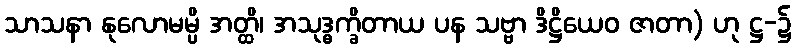
သာသနာ နုလောမမ္ပိ အတ္ထိ၊ အသုဒ္ဓက္ခိတာယ ပန သဗ္ဗာ ဒိဋ္ဌိယေဝ ဇာတာ) ဟု ဋ္ဌ-၌